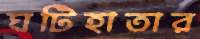
ঘটিহাতার